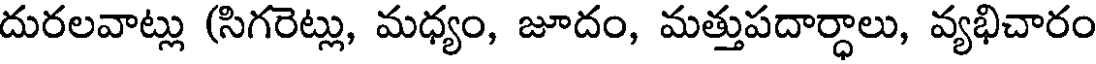
దురలవాట్లు (సిగరెట్లు, మధ్యం, జూదం, మత్తుపదార్ధాలు, వ్యభిచారం